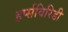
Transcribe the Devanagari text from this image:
हर्प्सविरिडी